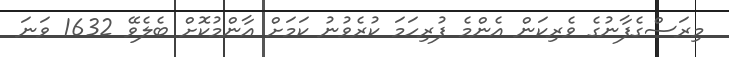
މިރަސްގެފާނުގެ ވެރިކަން އެންމެ ފުރިހަމަ ކުރެވުނު ކަމަށް އާންމުކޮށް ބެލެވޭ 1632 ވަނަ